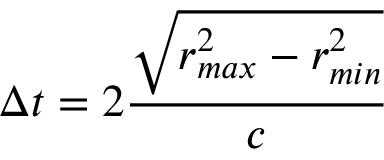
\Delta t = 2 \frac { \sqrt { r _ { m a x } ^ { 2 } - r _ { m i n } ^ { 2 } } } { c }